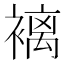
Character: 褵